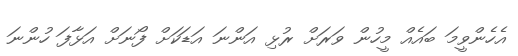
އެހެންވީމަ ބައެއް މީހުން ވަރަށް ރުޅި އަންނަ އަޑަކަށް ފޯނަށް އަޅާފަ ހުންނަ